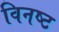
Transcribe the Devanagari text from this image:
विनष्‍ट